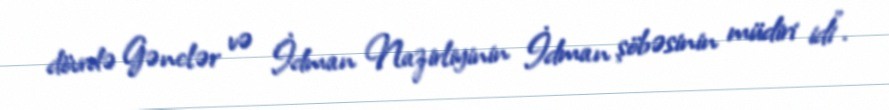
dövrdə Gənclər və İdman Nazirliyinin İdman şöbəsinin müdiri idi”.